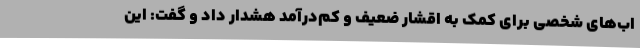
اب‌های شخصی برای کمک به اقشار ضعیف و کم‌درآمد هشدار داد و گفت: این